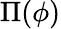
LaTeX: \Pi(\phi)